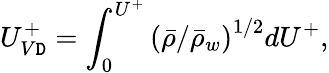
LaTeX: {U_{V\mathtt{D}}^{+}=\int_{0}^{U^{+}}\left(\bar{{\rho}}/\bar{{\rho}}_{w}\right)^{1/2}dU^{+},}